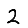
Digit: 2